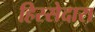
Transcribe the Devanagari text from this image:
हिस्सेदारा